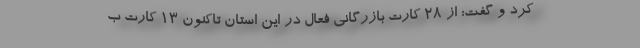
کرد و گفت: از ۲۸ کارت بازرگانی فعال در این استان تاکنون ۱۳ کارت ب